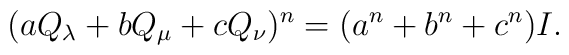
(aQ_{\lambda }+bQ_{\mu }+cQ_{\nu })^{n}=(a^{n}+b^{n}+c^{n})I.